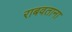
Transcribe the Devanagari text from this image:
राबवताना